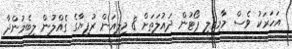
އަހަރަކު ވެސް މާމިގިލީ ޕޯޓުން ދައުލަތަށް 8 މިލިއަން ރުފިޔާގެ ގެއްލުން ލިބެމުންދާ